Vaccination United Provinces of Agra and Oudh 1902-1913 - 1902-1913
Year: 1902
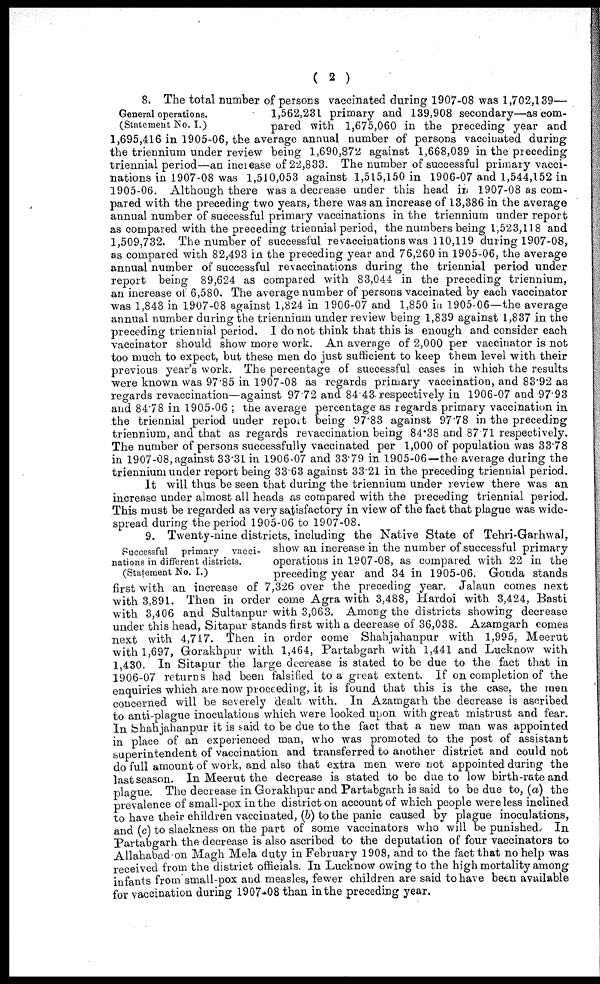
( 2 )
General operations.
(Statement No. I.)
8. The total number of persons vaccinated during 1907-08 was 1,702,139—
1,562,231 primary and 139,908 secondary—as com-
pared with 1,675,060 in the preceding year and
1,695,416 in 1905-06, the average annual number of persons vaccinated during
the triennium under review being 1,690,872 against 1,668,039 in the preceding
triennial period—an increase of 22,833. The number of successful primary vacci-
nations in 1907-08 was 1,510,053 against 1,515,150 in 1906-07 and 1,544,152 in
1905-06. Although there was a decrease under this head in 1907-08 as com-
pared with the preceding two years, there was an increase of 13,386 in the average
annual number of successful primary vaccinations in the triennium under report
as compared with the preceding triennial period, the numbers being 1,523,118 and
1,509,732. The number of successful re vaccinations was 110,119 during 1907-08,
as compared with 82,493 in the preceding year and 76,260 in 1905-06, the average
annual number of successful re vaccinations during the triennial period under
report being 89,624 as compared with 83,044 in the preceding triennium,
an increase of 6,580. The average number of persons vaccinated by each vaccinator
was 1,843 in 1907-08 against 1,824 in 1906-07 and 1,850 in 1905-06—the average
annual number during the triennium under review being 1,839 against 1,837 in the
preceding triennial period. I do not think that this is enough and consider each
vaccinator should show more work. An average of 2,000 per vaccinator is not
too much to expect, but these men do just sufficient to keep them level with their
previous year's work. The percentage of successful cases in which the results
were known was 97.85 in 1907-08 as regards primary vaccination, and 83.92 as
regards revaccination—against 97.72 and 84.43 respectively in 1906-07 and 97.93
and 84.78 in 1905-06 ; the average percentage as regards primary vaccination in
the triennial period under report being 97.83 against 97.78 in the preceding
triennium, and that as regards revaccination being 84.38 and 87.71 respectively.
The number of persons successfully vaccinated per 1,000 of population was 33.78
in 1907-08,against 33.31 in 1906-07 and 33.79 in 1905-06—the average during the
triennium under report being 33.63 against 33.21 in the preceding triennial period.
It will thus be seen that during the triennium under review there was an
increase under almost all heads as compared with the preceding triennial period.
This must be regarded as very satisfactory in view of the fact that plague was wide-
spread during the period 1905-06 to 1907-08.
Successful primary vacci-
nations in different districts.
(Statement No. I.)
9. Twenty-nine districts, including the Native State of Tehri-Garhwal,
show an increase in the number of successful primary
operations in 1907-08, as compared with 22 in the
preceding year and 34 in 1905-06. Gonda stands
first with an increase of 7,326 over the preceding year. Jalaun comes next
with 3,891. Then in order come Agra with 3,488, Hardoi with 3,424, Basti
with 3,406 and Sultanpur with 3,063. Among the districts showing decrease
under this head, Sitapur stands first with a decrease of 36,038. Azamgarh comes
next with 4,717. Then in order come Shahjahanpur with 1,995, Meerut
with 1,697, Gorakhpur with 1,464, Partabgarh with 1,441 and Lucknow with
1,430. In Sitapur the large decrease is stated to be due to the fact that in
1906-07 returns had been falsified to a great extent. If on completion of the
enquiries which are now proceeding, it is found that this is the case, the men
concerned will be severely dealt with. In Azamgarh the decrease is ascribed
to anti-plague inoculations which were looked upon with great mistrust and fear.
In Sehahjahanpur it is said to be due to the fact that a new man was appointed
in place of an experienced man, who was promoted to the post of assistant
superintendent of vaccination and transferred to another district and could not
do full amount of work, and also that extra men were not appointed during the
last season. In Meerut the decrease is stated to be due to low birth-rate and
plague. The decrease in Gorakhpur and Partabgarh is said to be due to, (a) the
prevalence of small-pox in the district on account of which people were less inclined
to have their children vaccinated, (b) to the panic caused by plague inoculations,
and (c) to slackness on the part of some vaccinators who will be punished. In
Partabgarh the decrease is also ascribed to the deputation of four vaccinators to
Allahabad on Magh Mela duty in February 1908, and to the fact that no help was
received from the district officials. In Lucknow owing to the high mortality among
infants from small-pox and measles, fewer children are said to have been available
for vaccination during 1907-08 than in the preceding year.